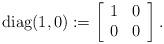
LaTeX: \begin{align*}{\rm diag}(1,0):=\left[\begin{array}{cc}1&0\\0&0\end{array}\right].\end{align*}